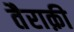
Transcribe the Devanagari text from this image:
तैराक़ी